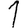
Digit: 1